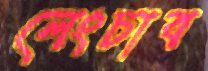
লেংচাব